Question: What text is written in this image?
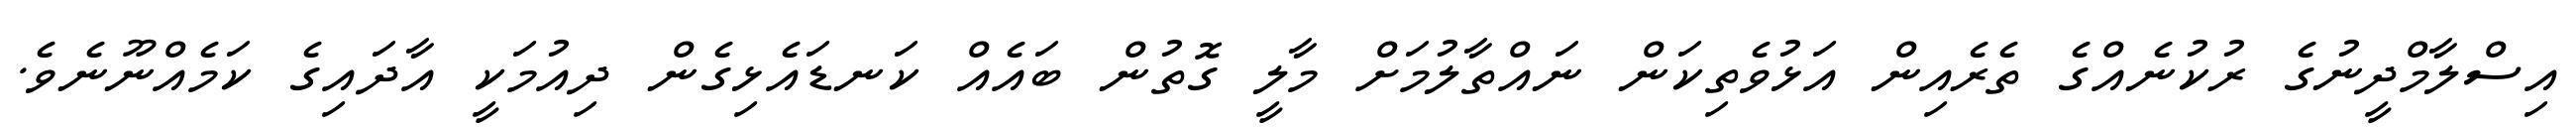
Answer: އިސްލާމްދީނުގެ ރުކުނެއްގެ ތެރެއިން އަޅުވެތިކަން ނައްތާލުމަށް މާލީ ގޮތުން ބައެއް ކަނޑައެޅިގެން ދިއުމަކީ އާދައިގެ ކަމެއްނޫނެވެ.